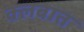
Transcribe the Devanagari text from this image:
क्‍लबात